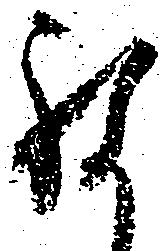
願